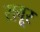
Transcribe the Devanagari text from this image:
सवूर